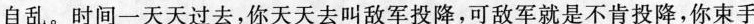
自乱。时间一天天过去,你天天去叫敌军投降,可敌军就是不肯投降,你束手